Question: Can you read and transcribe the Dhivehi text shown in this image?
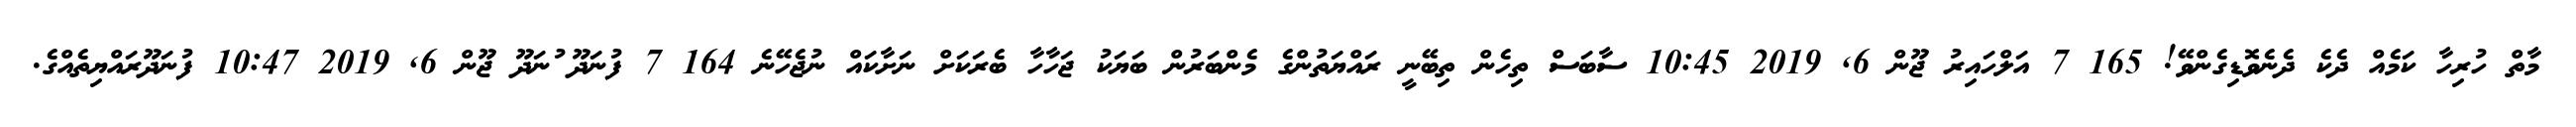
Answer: މާތް ހުރިހާ ކަމެއް ދެކެ ދެނެވޮޑިގެންވޭ! 165 7 އަލްހައިރު ޖޫން 6, 2019 10:45 ސާބަސް ތިހެން ތިބޭނީ ރައްޔަތުންގެ މެންބަރުން ބަޔަކު ޖަހާހާ ބެރަކަށް ނަށާކައް ނުޖެހޭނެ 164 7 ފުނަދޫ ުނަދޫ ޖޫން 6, 2019 10:47 ފުނަދޫރައްޔިތެއްގެ.